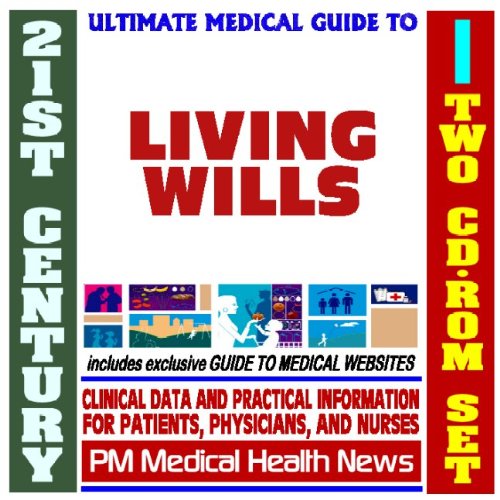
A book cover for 21st Century Ultimate Medical Guide to Living Wills and Advanced Directives - Authoritative Clinical Information for Physicians and Patients (Two CD-ROM Set); PM Medical Health News; Law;